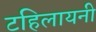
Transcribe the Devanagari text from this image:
टहिलायनी